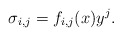
\begin{align*}\sigma_{i,j}=f_{i,j}(x)y^j.\end{align*}